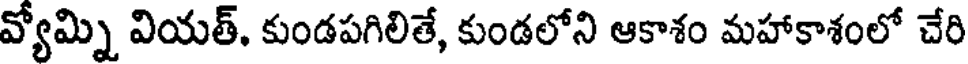
వ్యోమ్ని వియత్, కుండపగిలితే, కుండలోని ఆకాశం మహాకాశంలో చేరి